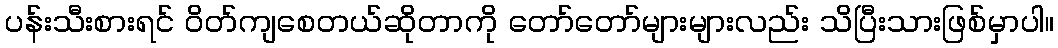
ပန်းသီးစားရင် ဝိတ်ကျစေတယ်ဆိုတာကို တော်တော်များများလည်း သိပြီးသားဖြစ်မှာပါ။